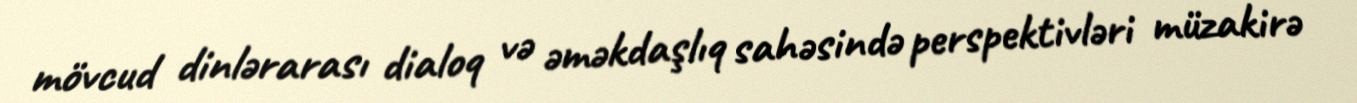
mövcud dinlərarası dialoq və əməkdaşlıq sahəsində perspektivləri müzakirə